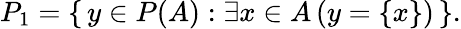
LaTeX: P_{1}=\{ \, y\in P(A):\exists x\in A\, (y=\{ x\} )\, \} .